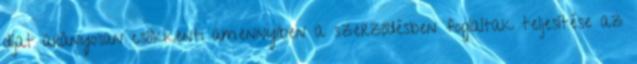
díjat arányosan csökkenti amennyiben a szerződésben foglaltak teljesítése az